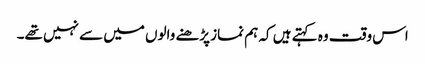
اس وقت وہ کہتے ہیں کہ ہم نماز پڑھنے والوں میں سے نہیں تھے۔